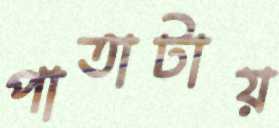
পাতাটায়